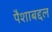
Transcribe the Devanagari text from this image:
पैशाबद्दल